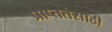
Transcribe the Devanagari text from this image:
प्राप्ततेसाठी